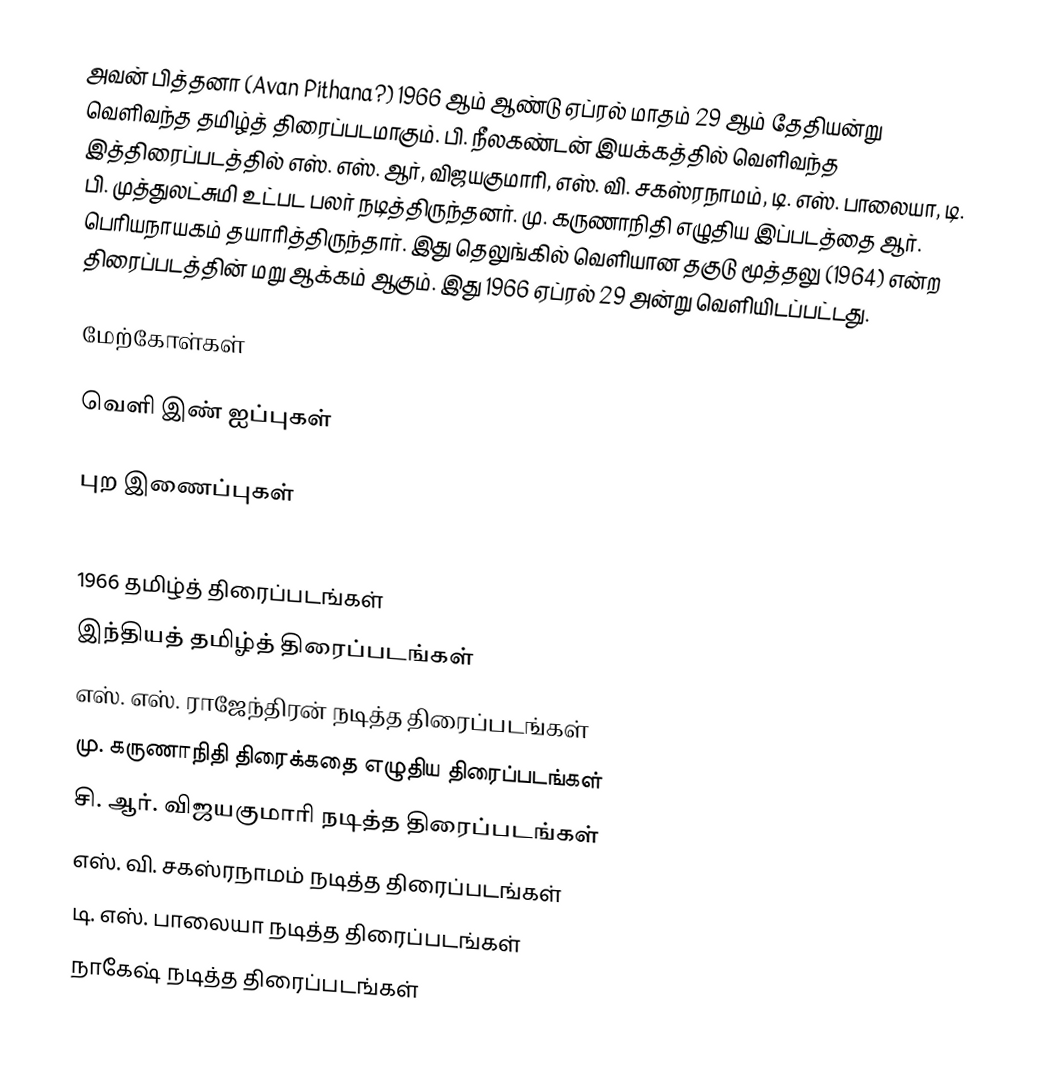
அவன் பித்தனா (Avan Pithana?) 1966 ஆம் ஆண்டு ஏப்ரல் மாதம் 29 ஆம் தேதியன்று வெளிவந்த தமிழ்த் திரைப்படமாகும். பி. நீலகண்டன் இயக்கத்தில் வெளிவந்த இத்திரைப்படத்தில் எஸ். எஸ். ஆர், விஜயகுமாரி, எஸ். வி. சகஸ்ரநாமம், டி. எஸ். பாலையா, டி. பி. முத்துலட்சுமி உட்பட பலர் நடித்திருந்தனர். மு. கருணாநிதி எழுதிய இப்படத்தை ஆர். பெரியநாயகம் தயாரித்திருந்தார். இது தெலுங்கில் வெளியான தகுடு மூத்தலு (1964) என்ற திரைப்படத்தின் மறு ஆக்கம் ஆகும். இது 1966 ஏப்ரல் 29 அன்று வெளியிடப்பட்டது.

மேற்கோள்கள்

வெளி இண் ஐப்புகள்

புற இணைப்புகள்

1966 தமிழ்த் திரைப்படங்கள்
இந்தியத் தமிழ்த் திரைப்படங்கள்
எஸ். எஸ். ராஜேந்திரன் நடித்த திரைப்படங்கள்
மு. கருணாநிதி திரைக்கதை எழுதிய திரைப்படங்கள்
சி. ஆர். விஜயகுமாரி நடித்த திரைப்படங்கள்
எஸ். வி. சகஸ்ரநாமம் நடித்த திரைப்படங்கள்
டி. எஸ். பாலையா நடித்த திரைப்படங்கள்
நாகேஷ் நடித்த திரைப்படங்கள்